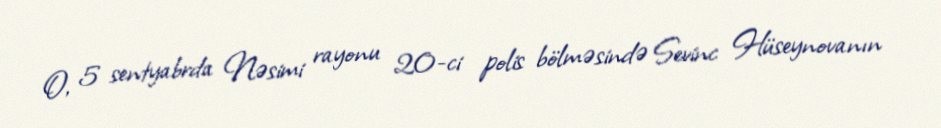
O, 5 sentyabrda Nəsimi rayonu 20-ci polis bölməsində Sevinc Hüseynovanın